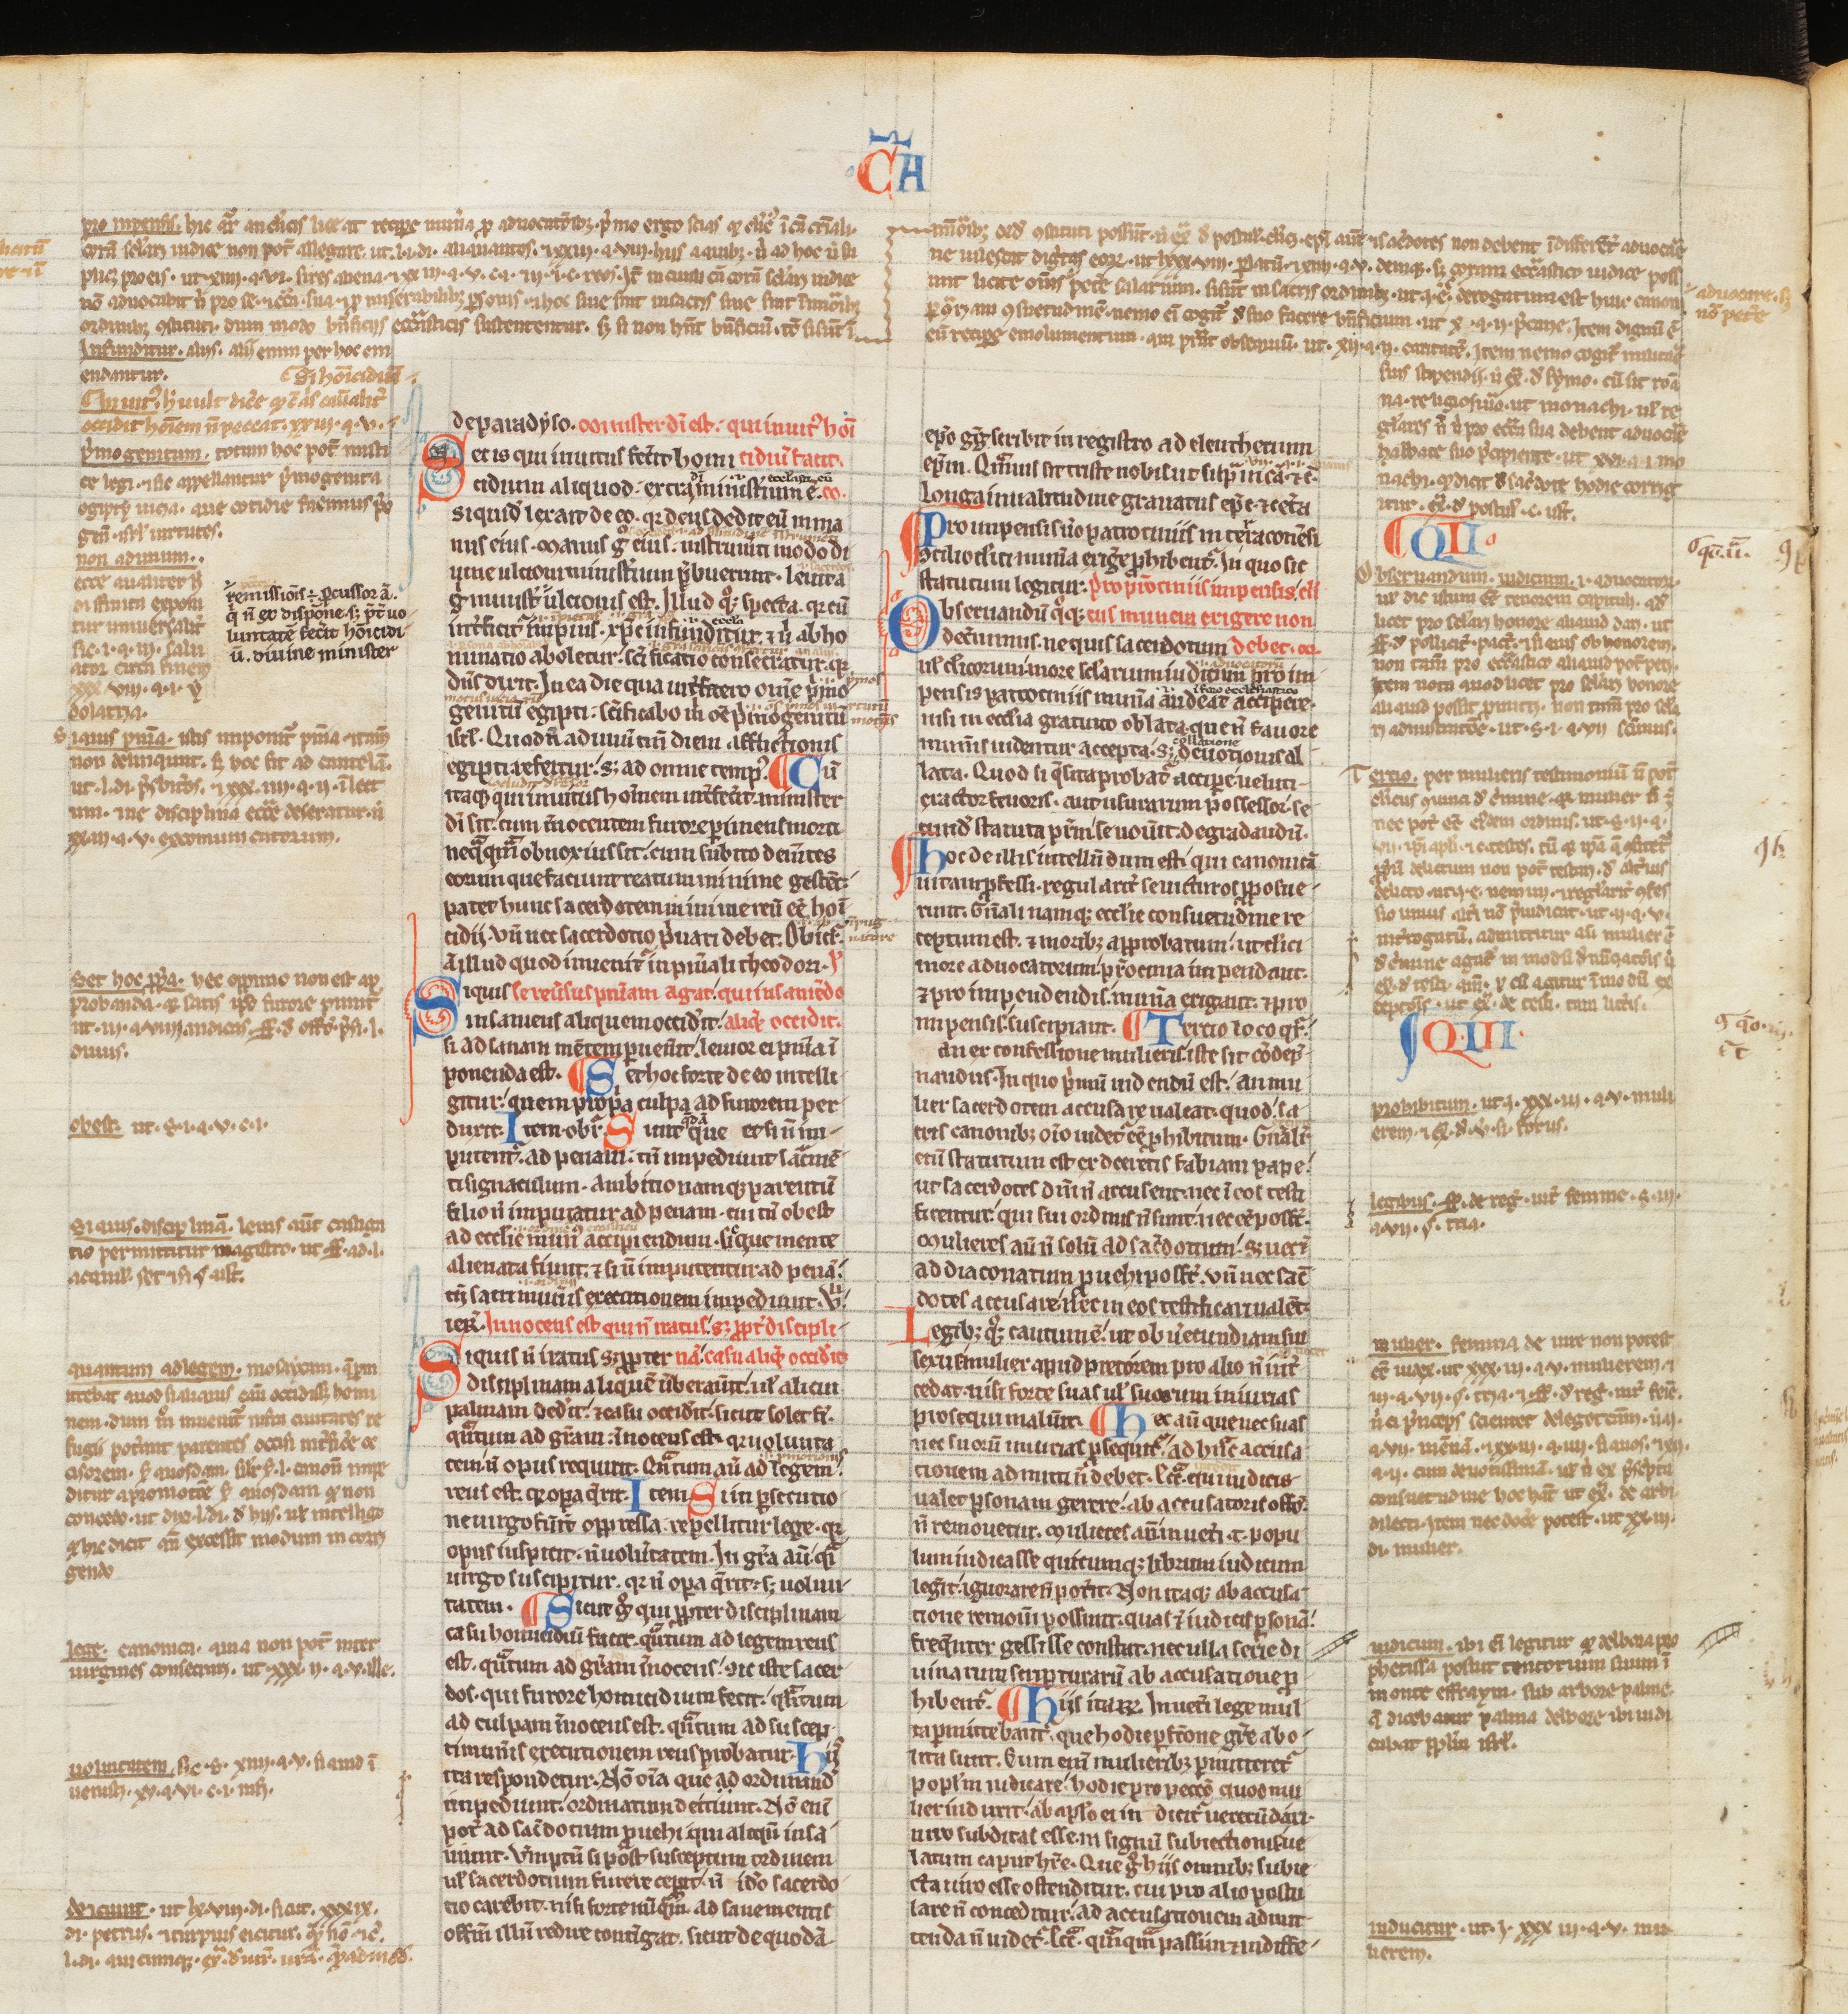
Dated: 1200–1249